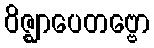
ဝိဇ္ဈာပေတဗ္ဗော